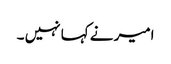
امیر نے کہا نہیں ۔